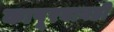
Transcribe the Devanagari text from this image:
कापूरबावडी